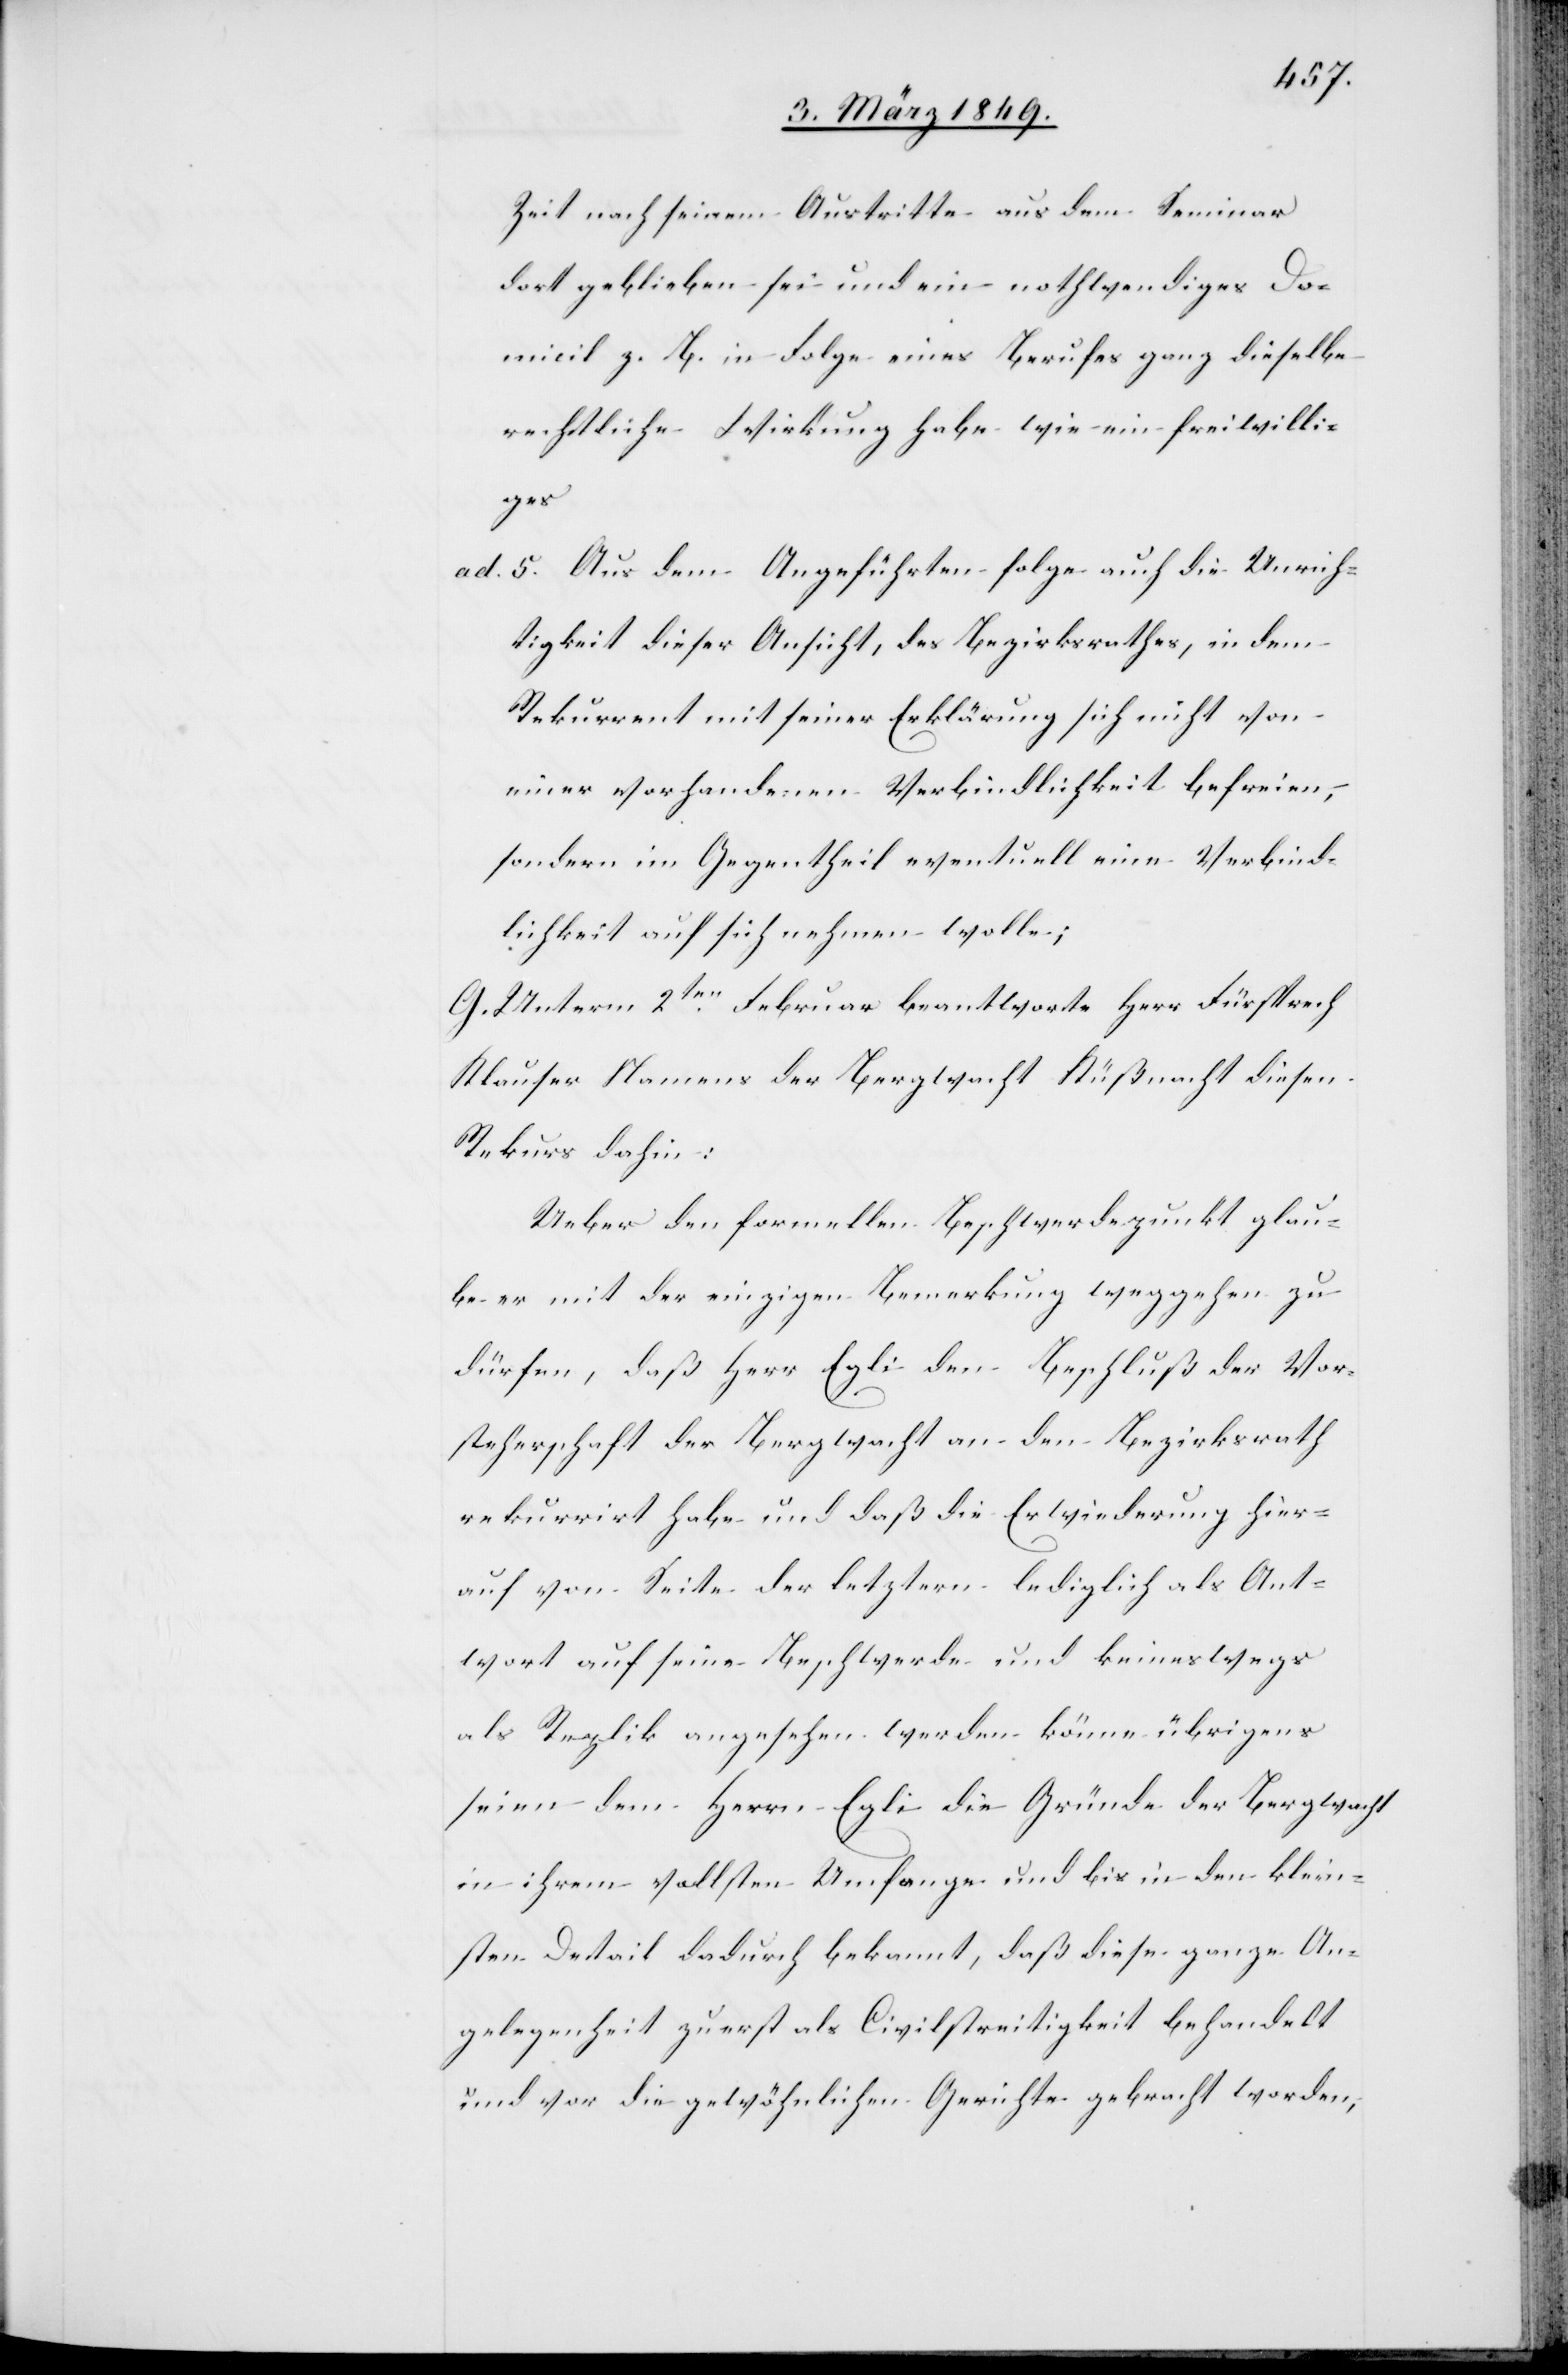
Zeit nach seinem Austritte aus dem Seminar
dort geblieben sei und ein nothwendiges Do¬
micil z. B. in Folge eines Berufes ganz dieselbe
rechtliche Wirkung habe wie ein freiwilli¬
ges
ad 5. Aus dem Angeführten folge auch die Unrich¬
tigkeit dieser Ansicht, des Bezirksrathes, in dem
Rekurrent mit seiner Erklärung sich nicht von
einer vorhandenen Verpflichtung befreien,
sondern im Gegentheil eventuell eine Verbind¬
lichkeit auf sich nehmen wolle;
G. Unterm 2ten. Februar beantworte Herr Fürsprech
Klauser Namens der Bergwacht Küßnacht diesen
Rekurs dahin:
Ueber den formellen Beschwerdepunkt glau¬
be er mit der einzigen Bemerkung weggehen zu
dürfen, daß Herr Egli den Beschluß der Vor¬
steherschaft der Bergwacht an den Bezirksrath
rekurrirt habe und daß die Erwiederung hier¬
auf von Seite der letztern lediglich als Ant¬
wort auf seine Beschwerde und keineswegs
als Replik angesehen werden könne übrigens
seien dem Herrn Egli die Gründe der Bergwacht
in ihrem vollsten Umfange und bis in den klein¬
sten Detail dadurch bekannt, daß diese ganze An¬
gelegenheit zuerst als Civilstreitigkeit behandelt
und vor die gewöhnlichen Gerichte gebracht worden,